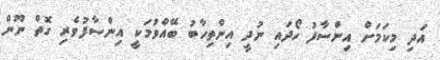
އަދި މިކަމަށް އިންސާފު ހޯދައި ނުދީ އިންތިހާބު ބޭއްވުމަކީ އިންސާފުވެރި ގޮތް ނޫން